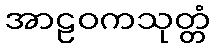
အာဠဝကသုတ္တံ